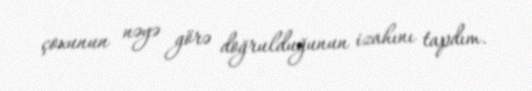
çoxunun nəyə görə doğrulduğunun izahını tapdım.